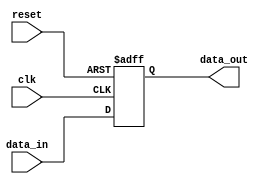
module high_speed_buffer (
    input wire clk,
    input wire reset,
    input wire [31:0] data_in,
    output wire [31:0] data_out
);

reg [31:0] buffer;

always @(posedge clk or posedge reset) begin
    if (reset) begin
        buffer <= 0;
    end else begin
        buffer <= data_in;
    end
end

assign data_out = buffer;

endmodule